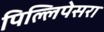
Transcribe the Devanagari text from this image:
पिल्लिपेसरा